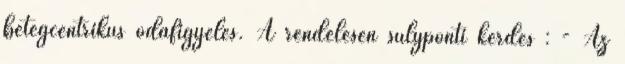
betegcentrikus odafigyelés. A rendelésen súlyponti kérdés : - Az